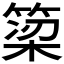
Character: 𫞿